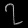
Digit: ၇